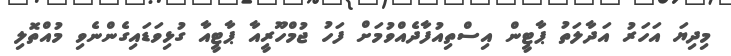
މިދިޔަ އަހަރު އަދާލަތު ޕާޓީން އިސްތިއުފާދެއްވުމަށް ފަހު ޖުމްހޫރީއާ ޕާޓީއާ ގުޅިވަޑައިގެންނެވި މުއްތޮލި